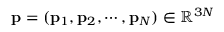
\ensuremath { \mathbf { p } } = ( \ensuremath { \mathbf { p } } _ { 1 } , \ensuremath { \mathbf { p } } _ { 2 } , \cdots , \ensuremath { \mathbf { p } } _ { N } ) \in \mathbb { R } ^ { 3 N }